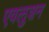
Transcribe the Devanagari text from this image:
एवलुशन